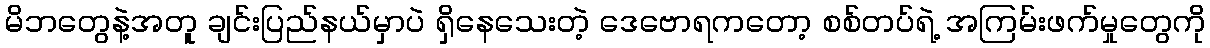
မိဘတွေနဲ့အတူ ချင်းပြည်နယ်မှာပဲ ရှိနေသေးတဲ့ ဒေဗောရကတော့ စစ်တပ်ရဲ့ အကြမ်းဖက်မှုတွေကို